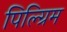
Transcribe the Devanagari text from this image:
पिल्ग्रिम